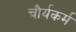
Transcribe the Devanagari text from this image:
चौर्यकर्म